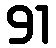
91